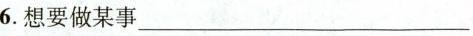
6.想要做某事___